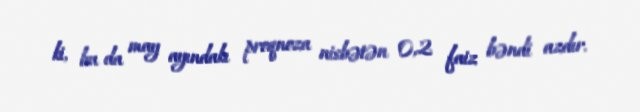
ki, bu da may ayındakı proqnoza nisbətən 0,2 faiz bəndi azdır.